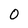
Character: 0